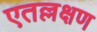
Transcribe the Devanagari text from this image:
एतल्लक्षण